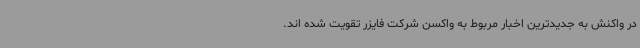
در واکنش به جدیدترین اخبار مربوط به واکسن شرکت فایزر تقویت شده اند.